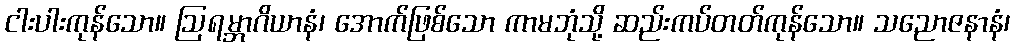
ငါးပါးကုန်သော။ ဩရမ္ဘာဂိယာနံ၊ အောက်ဖြစ်သော ကာမဘုံသို့ ဆည်းကပ်တတ်ကုန်သော။ သညောဇနာနံ၊